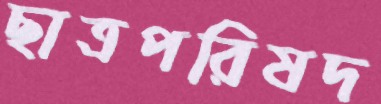
ছাত্রপরিষদ